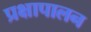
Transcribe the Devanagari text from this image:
प्रक्षापालन